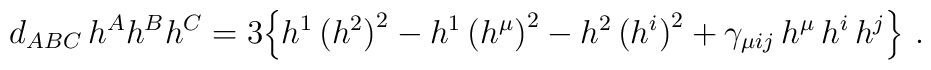
d_{ABC}\,h^Ah^Bh^C = 3\Big\{ h^1\,\big(h^2\big)^2 -h^1\,\big(h^\mu\big)^2 -h^2\,\big(h^i\big)^2+\gamma_{\mu ij}\,h^\mu\, h^i\,h^j \Big\}\ .